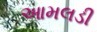
આમલડી